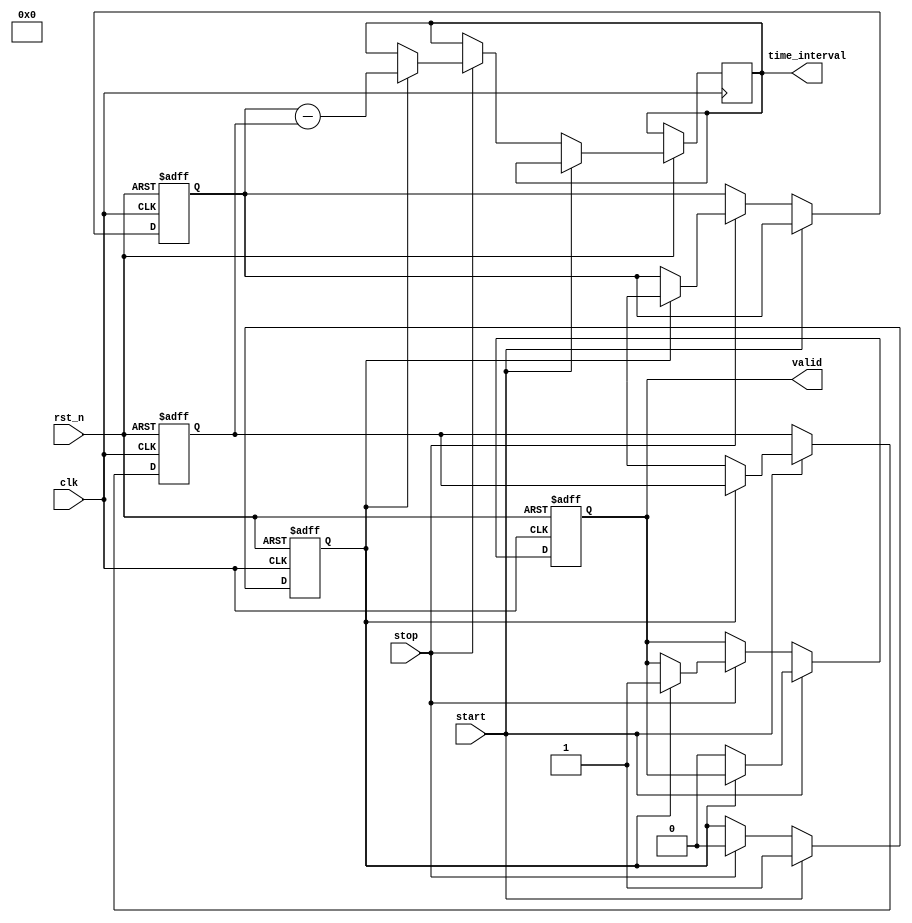
module tdc(
    input wire clk,                // Synchronized clock signal
    input wire rst_n,              // Asynchronous active-low reset
    input wire start,              // Start signal
    input wire stop,               // Stop signal
    output reg [31:0] time_interval,// Output for the time interval
    output reg valid               // Indicates valid output
);

    reg [31:0] start_timestamp;    // Memory to store start timestamp
    reg [31:0] stop_timestamp;     // Memory to store stop timestamp
    reg capturing;                 // State to know if we are capturing timestamps
    reg error_detected;            // Error flag for simultaneous start/stop

    // Timestamp recording with edge detection
    always @(posedge clk or negedge rst_n) begin
        if (!rst_n) begin
            start_timestamp <= 32'b0;
            stop_timestamp <= 32'b0;
            capturing <= 1'b0;
            valid <= 1'b0;
            error_detected <= 1'b0;
        end else begin
            if (start) begin
                if (!capturing) begin
                    start_timestamp <= $time; // Capture start timestamp
                    capturing <= 1'b1; // Transition to capturing state
                    valid <= 1'b0;   // Reset valid output
                    error_detected <= 1'b0; // Reset error flag
                end else begin
                    error_detected <= 1'b1; // Simultaneous start detected
                end
            end else if (stop) begin
                if (capturing) begin
                    stop_timestamp <= $time;  // Capture stop timestamp
                    time_interval <= stop_timestamp - start_timestamp; // Calculate time interval
                    valid <= 1'b1;   // Indicate valid output
                    capturing <= 1'b0; // Reset capturing state
                end else begin
                    error_detected <= 1'b1; // Simultaneous stop detected
                end
            end
        end
    end

    // Optional error handling: You may implement an error output
    always @(posedge clk or negedge rst_n) begin
        if (!rst_n) begin
            error_detected <= 1'b0;
        end else if (error_detected) begin
            // Handle error (e.g., log it, reset, etc.)
        end
    end

endmodule